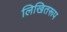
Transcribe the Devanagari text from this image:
लिखितरूप